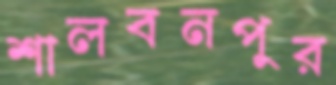
শালবনপুর